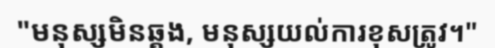
"មនុស្សមិនឆ្គង, មនុស្សយល់ការខុសត្រូវ។"